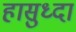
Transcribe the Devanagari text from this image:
हासुध्दा